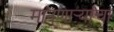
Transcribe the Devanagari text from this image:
मानणार्‍यांचा